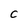
Character: c